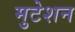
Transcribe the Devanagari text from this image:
मुटेशन